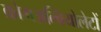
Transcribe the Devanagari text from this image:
क्रोमअल्वियोलेटों